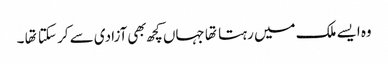
وه ایسے ملک میں رہتا تها جہاں کچھ بهی آزادی سے کر سکتا تها ۔